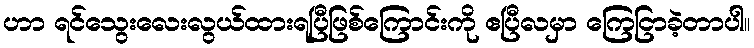
ဟာ ရင်သွေးလေးလွယ်ထားရပြီဖြစ်ကြောင်းကို ဧပြီလမှာ ကြေငြာခဲ့တာပါ။